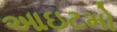
આઇટમો